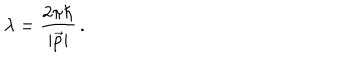
LaTeX: \lambda = \frac { 2 \pi \hbar } { | \vec { p } | } \, .